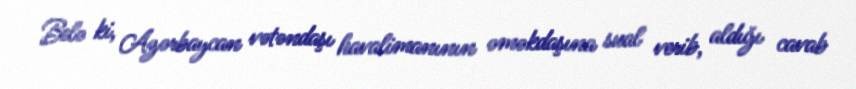
Belə ki, Azərbaycan vətəndaşı havalimanının əməkdaşına sual verib, aldığı cavab